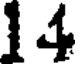
14